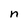
Character: n